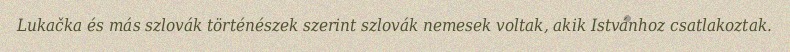
Lukačka és más szlovák történészek szerint szlovák nemesek voltak, akik Istvánhoz csatlakoztak.